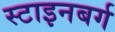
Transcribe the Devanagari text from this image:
स्टाइनबर्ग